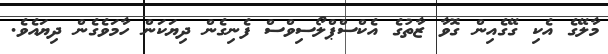
މާލޭގެ އެކި ގޭގެއިން ގޮވާ ޒާތުގެ އެކްސްޕްލޯސިވްސް ފެނިގެން ދިޔަކަން ހާމަވެގެން ދިޔައެވެ.